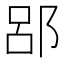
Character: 郘